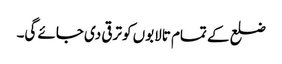
ضلع کے تمام تالابوں کو ترقی دی جائے گی۔